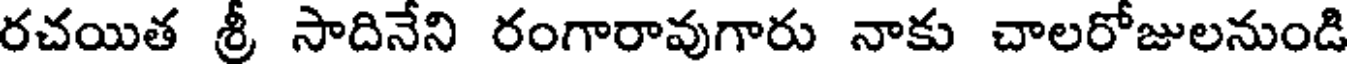
రచయిత శ్రీ సాదినేని రంగారావుగారు నాకు చాలరోజులనుండి